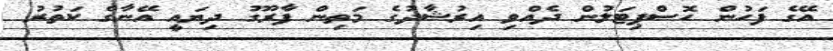
އޭގެ ފަހުން ހޮސްޕިޓަލުން ދެއްވި އިރުޝާދުގެ މަތިން ފާރޫގު ދިޔައީ އޭނާގެ ކަތުރު